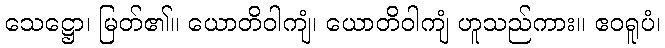
သေဋ္ဌော၊ မြတ်၏။ ယောတိဝါကျံ၊ ယောတိဝါကျံ ဟူသည်ကား။ ဧဝရူပံ၊